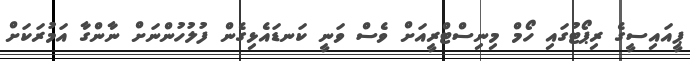
ޕީއައިސީގެ ރިޕޯޓުގައި ހޯމް މިނިސްޓްރީއަށް ވެސް ވަނީ ކަނޑައެޅިގެން ފުލުހުންނަށް ނާންގާ އަމުރަކަށް